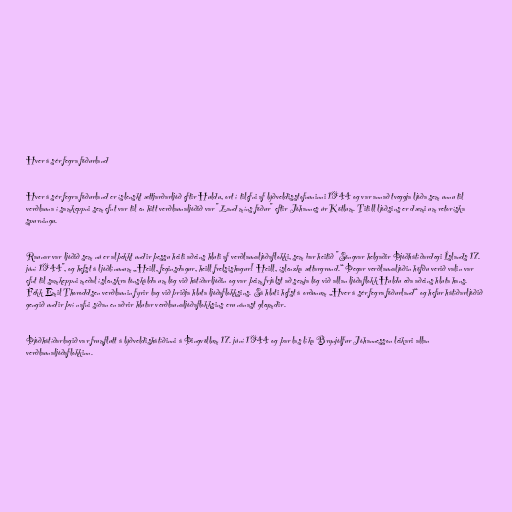
Hver á sér fegra föðurland

Hver á sér fegra föðurland er íslenskt ættjarðarljóð eftir Huldu, ort í tilefni af lýðveldisstofnuninni 1944 og var annað tveggja ljóða sem unnu til
verðlauna í samkeppni sem efnt var til en hitt verðlaunaljóðið var "Land míns föður" eftir Jóhannes úr Kötlum. Titill ljóðsins er dæmi um retoríska
spurningu.

Raunar var ljóðið sem nú er alþekkt undir þessu heiti aðeins hluti af verðlaunaljóðaflokki, sem bar heitið "Söngvar helgaðir Þjóðhátíðardegi Íslands 17.
júní 1944", og hefst á ljóðlínunum „Heill, feginsdagur, heill frelsishagur! Heill, íslenzka ættargrund.“ Þegar verðlaunaljóðin höfðu verið valin var
efnt til samkeppni meðal íslenskra tónskálda um lög við hátíðarljóðin og var þeim frjálst að semja lög við allan ljóðaflokk Huldu eða aðeins hluta hans.
Fékk Emil Thoroddsen verðlaunin fyrir lag við þriðja hluta ljóðaflokksins. Sá hluti hefst á orðunum „Hver á sér fegra föðurland“ og hefur hátíðarljóðið
gengið undir því nafni síðan en aðrir hlutar verðlaunaljóðaflokksins eru nánast gleymdir.

Þjóðhátíðarlagið var frumflutt á lýðveldishátíðinni á Þingvöllum 17. júní 1944 og þar las líka Brynjólfur Jóhannesson leikari allan
verðlaunaljóðaflokkinn.